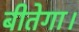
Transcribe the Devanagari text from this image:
बीतेगा।